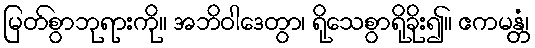
မြတ်စွာဘုရားကို။ အဘိဝါဒေတွာ၊ ရိုသေစွာရိုခိုး၍။ ဧကမန္တံ၊